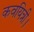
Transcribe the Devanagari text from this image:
कवयित्री।